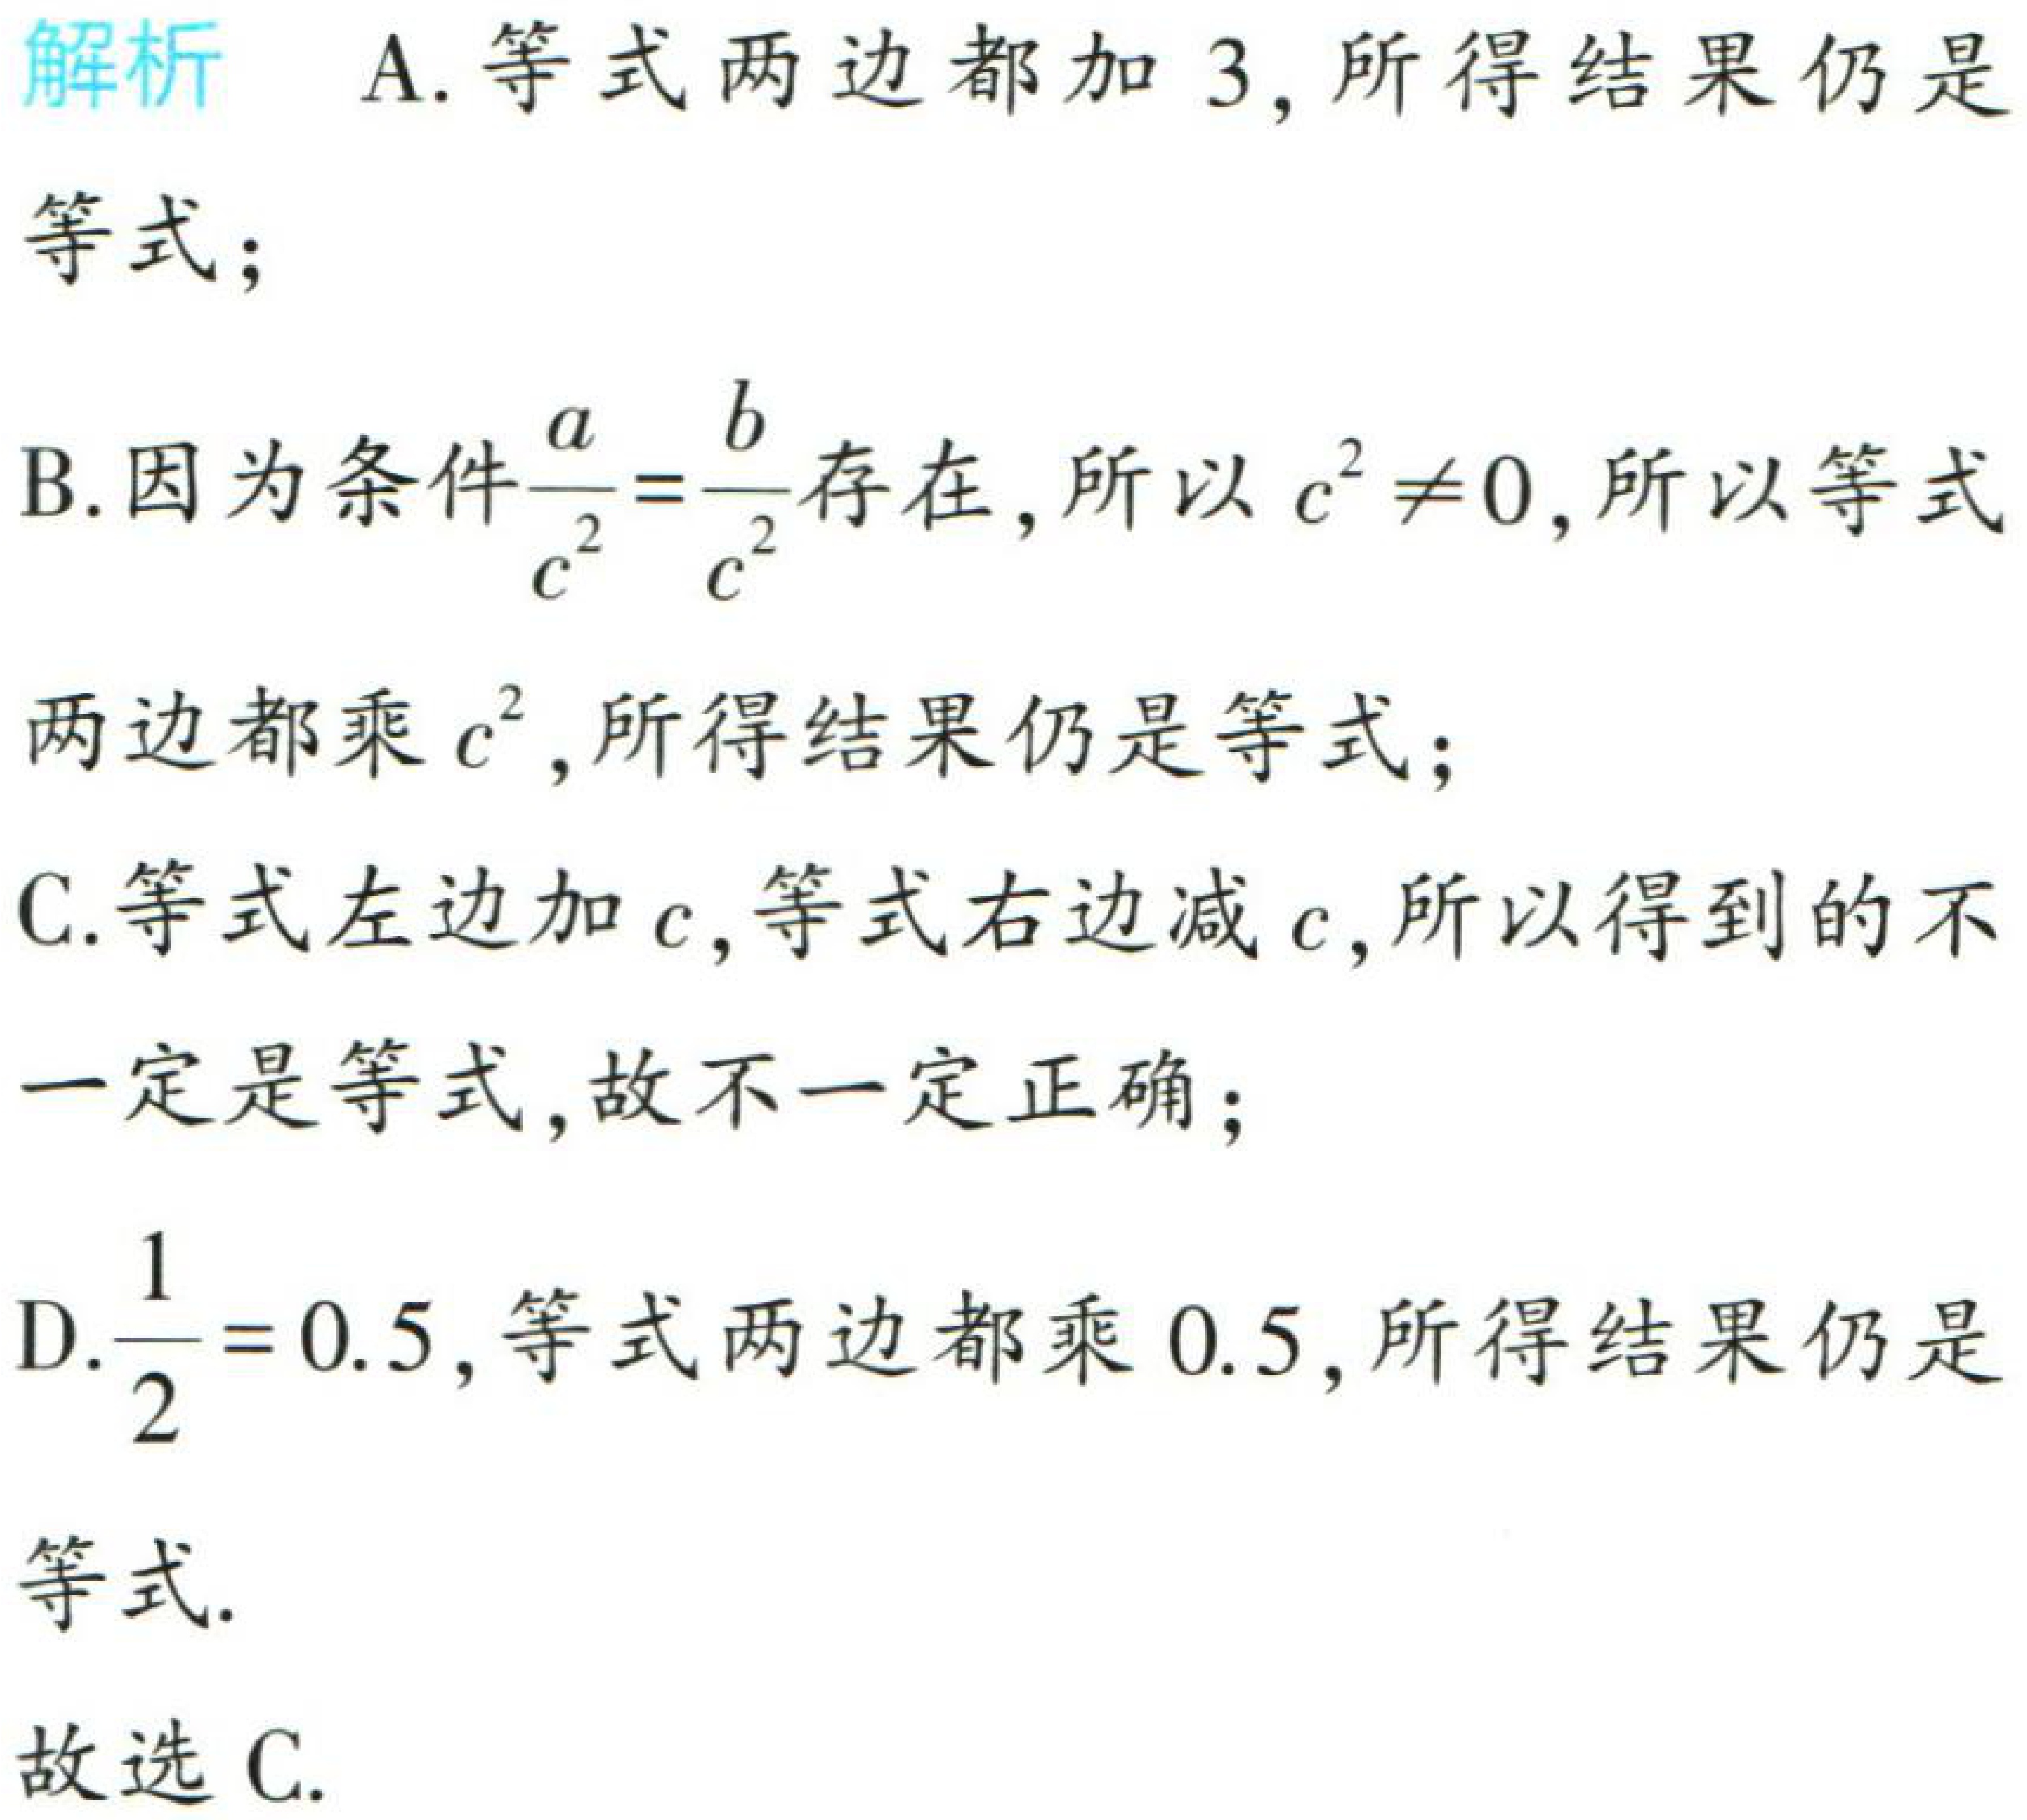
解析 A. 等式两边都加 3, 所得结果仍是

等式；

B. 因为条件$\frac{a}{c^{2}}=\frac{b}{c^{2}}$存在, 所以$c^{2} \neq 0$, 所以等式

两边都乘$c^{2}$, 所得结果仍是等式；

C. 等式左边加$c$, 等式右边减$c$, 所以得到的不

一定是等式, 故不一定正确；

D. $\frac{1}{2}=0.5$, 等式两边都乘 0.5, 所得结果仍是

等式.

故选 C.